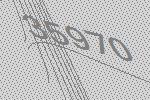
35970